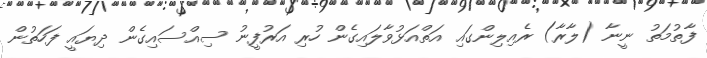
ފާތުމަތު ނީނާ (ލާރާ) ރެއިލިންގައި އަތްއަޅުވާލައިގެން ހުރި އަރުފީނު ސިއްސައިގެން ދިޔައީ ފަހަތުން